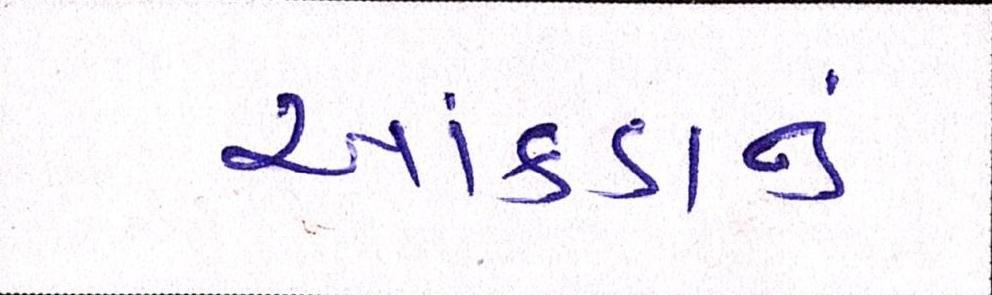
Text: આંકડાનું